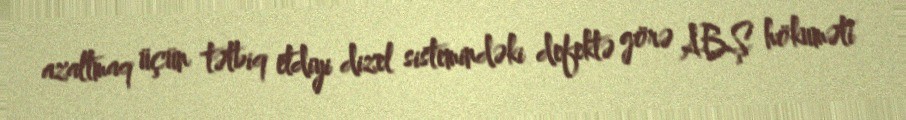
azaltmaq üçün tətbiq etdiyi dizel sistemindəki defektə görə ABŞ hökuməti